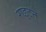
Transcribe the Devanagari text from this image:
राइटने